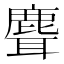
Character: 𬸽